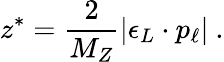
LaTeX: z^{*}={\frac{2}{M_{Z}}}|\epsilon_{L}\cdot p_{\ell}|\ .